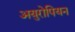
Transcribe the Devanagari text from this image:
अयुरोपियन